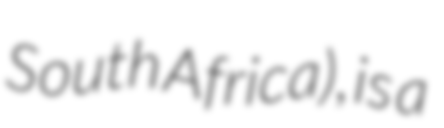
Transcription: South Africa), is a